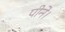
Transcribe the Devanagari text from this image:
पीने।